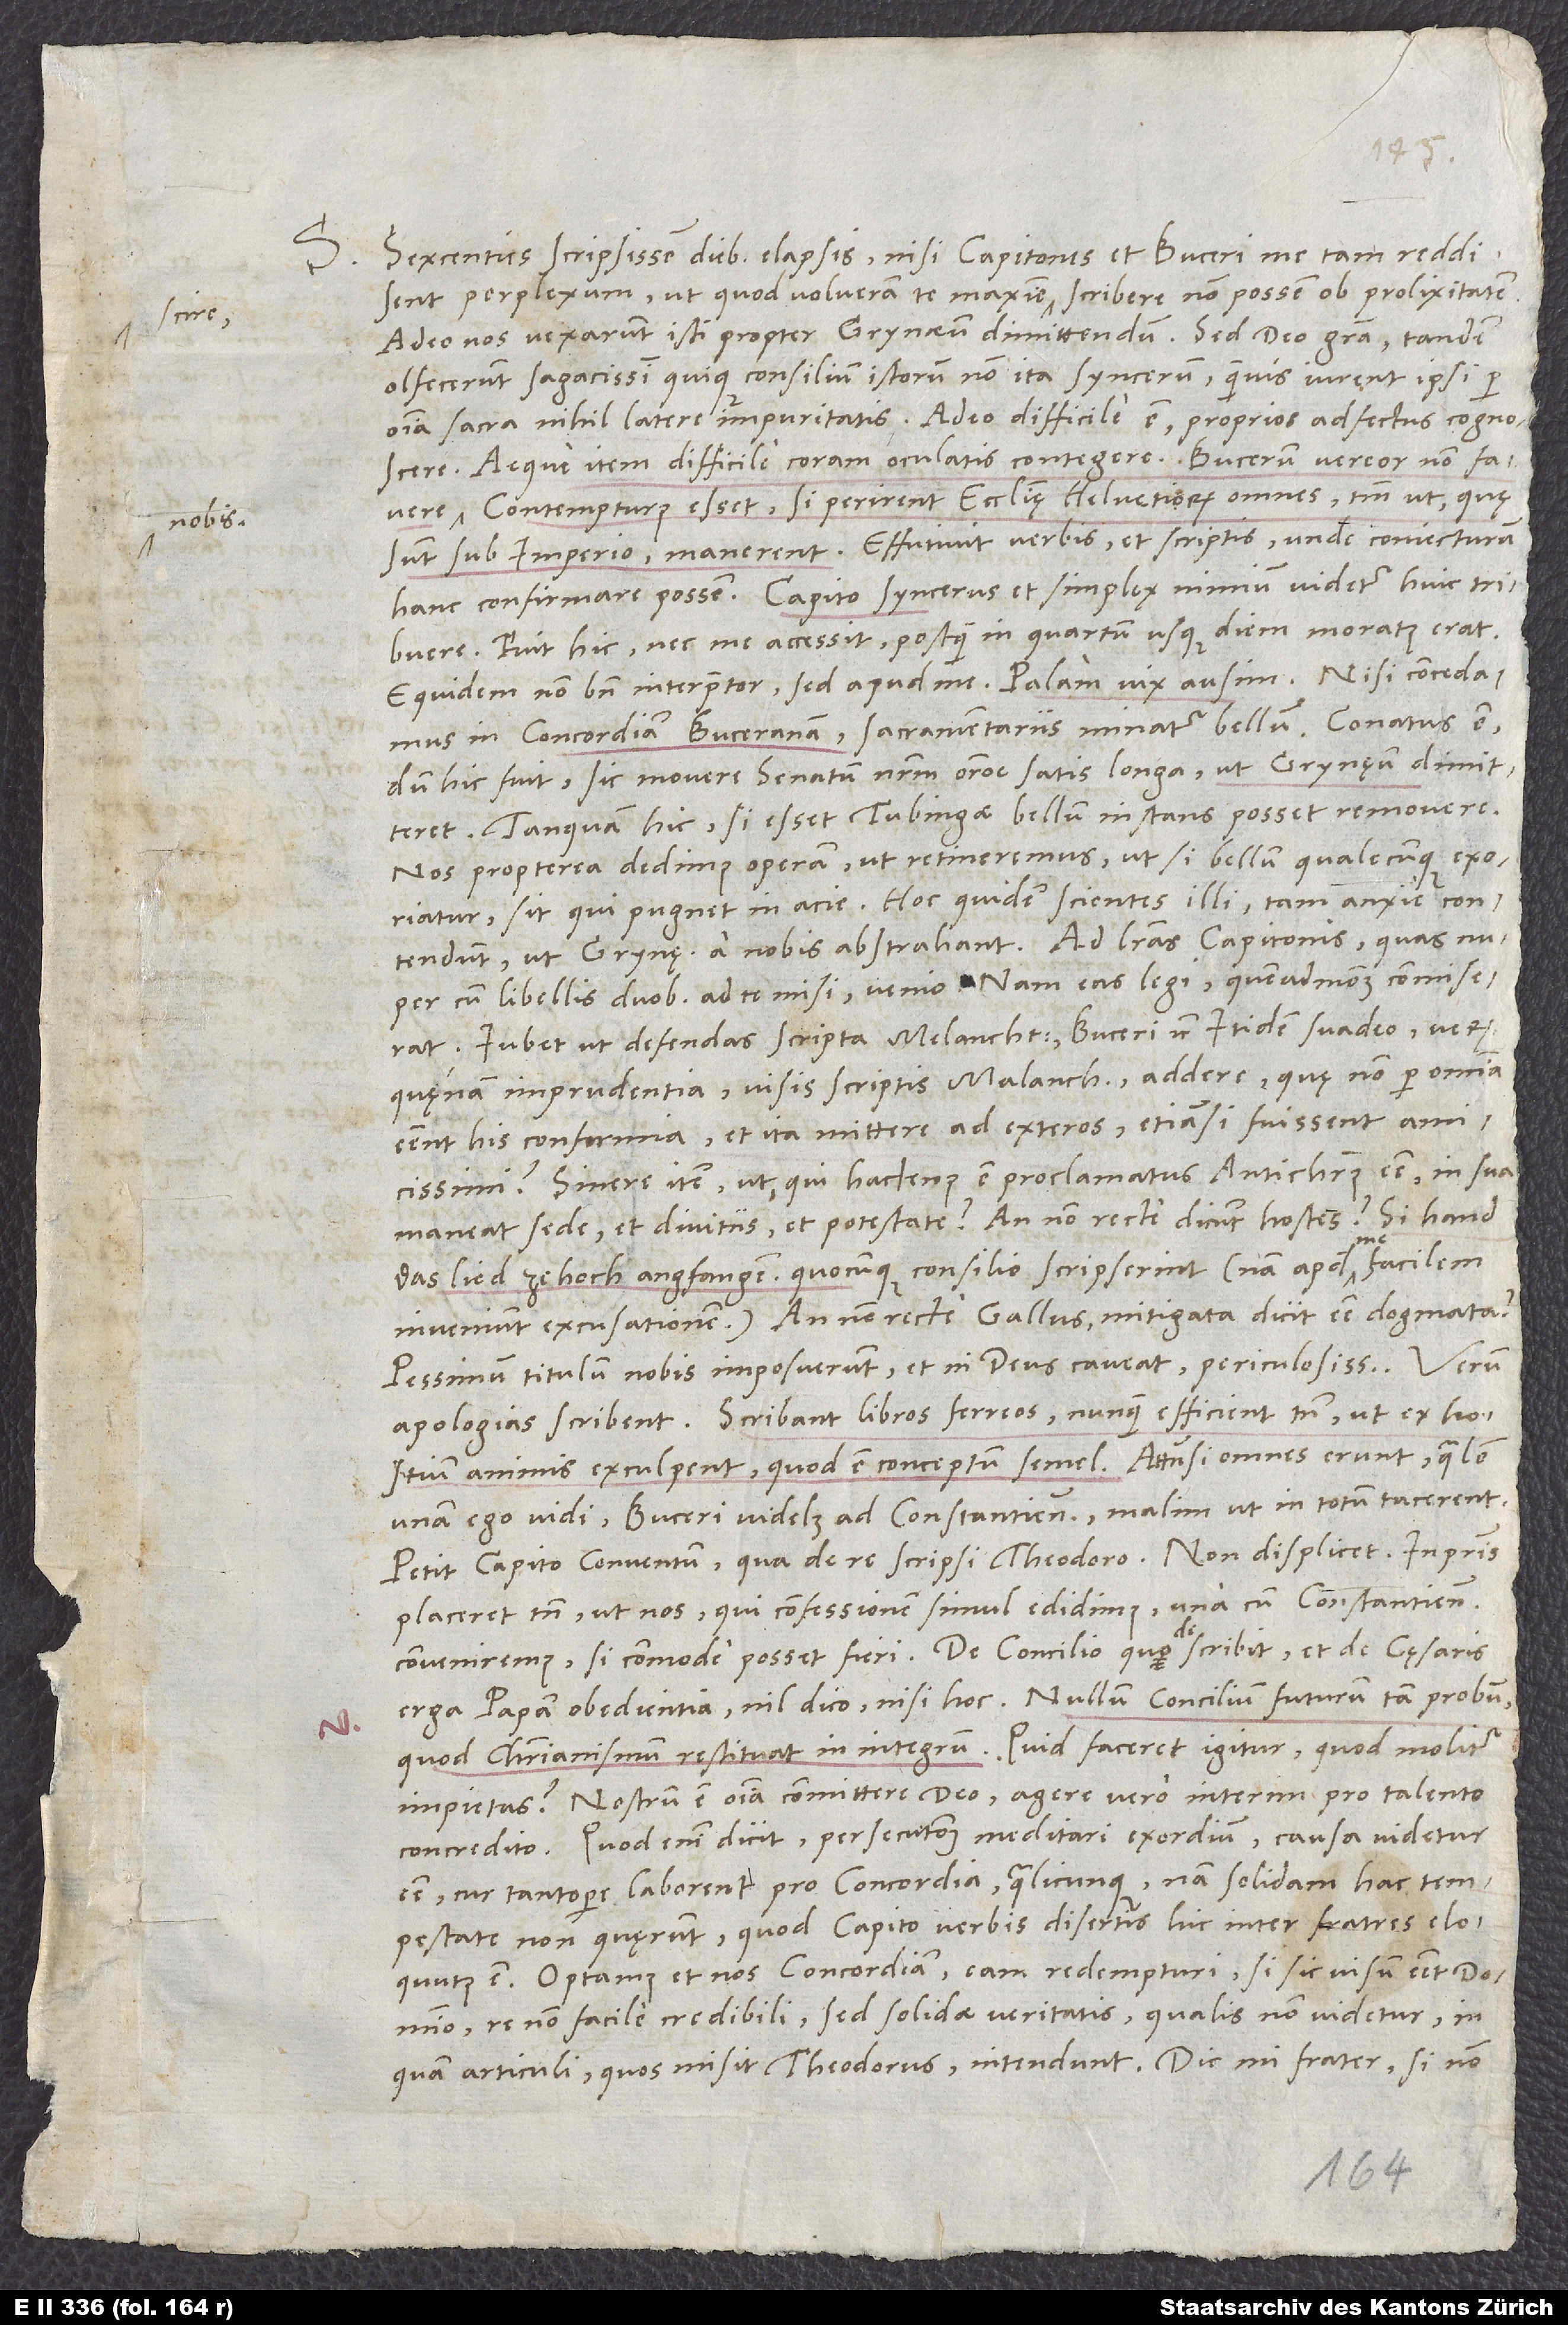
S.

nobis.

Sexcenties scripsissem diebus elapsis, nisi Capitones et Buceri me tam reddidissent
perpiexum, ut quod volueram te maxime scire, scribere non possem ob prolixitatem.
Adeo nos vexarunt isti propter Grynęum dimittendum. Sed deo gratia, tandem
olfecerunt sagacissimi quique consilium istorum non ita syncerum, quamvis iurent ipsi per
omnia sacra nihil latere impuritatis. Adeo difficile est proprios adfectus cognoscere,
aeque item difficile coram oculatis contegere. Bucerum vereor non favere
Contempturus esset, si perirent ecclesię Helvetiorum omnes, tantum ut quę
sunt sub imperio, manerent. Effutivit verbis et scriptis, unde coniecturam
hanc confirmare possem. Capito syncerus et simplex nimium videtur huic tribuere.
Fuit hic nec me accessit, postquam in quartum usque diem moratus erat.
Equidem non bene interpretor, sed apud me, palam vix ausim. Nisi concedamus
in concordiam Buceranam, sacramentariis minatur bellum. Conatus est,
dum hic fuit, sic movere senatum nostrum oratione satis longa, ut Grynęum dimitteret,
tanquam hic, si esset Tubingae, bellum instans posset removere.
Nos propterea dedimus operam, ut retineremus, ut si bellum qualecunque exoriatur,
sit, qui pugnet in acie. Hoc quidem scientes illi tam anxie contendunt,
cum libellis duobus ad te misi, venio; nam eas legi, quemadmodum commiserat.
essent his conformia, et ita mittere ad exteros, etiamsi fuissent amicissimi?
Sinere item, ut, qui hactenus est proclamatus antichristus esse, in sua
maneat sede et divitiis et potestate? An non recte dicunt hostes: "Si hand
me
das lied ze hoch angfangen"? - quocunque consilio scripserint (nam apud me facilem
inveniunt excusationem). An non recte Gallus mitigata dicit esse dogmata?
Pessimum titulum nobis imposuerunt et, ni deus caveat, periculosissimum. Verum
apologias scribent. Scribant libros ferreos, nunquam efficient tamen, ut ex hostium
animis exculpent, quod est conceptum semel. Attamen, si omnes erunt, qualem
unam ego vidi, Buceri videlicet ad Constantienses, malim, ut in totum tacerent.
Petit Capito conventum, qua de re scripsi Theodoro. Non displicet, inprimis
placeret tamen, ut nos, qui confessionem simul edidimus, una cum Constantiensibus
erga papam obedientia nil dico nisi hoc: nullum concilium futurum tam probum,
quod christianismum restituat in integrum. Quid faceret igitur, quod molitur
impietas? Nostrum est omnia committere deo, agere vero interim pro talento
Quod enim dicit persecutionum meditari exordium, causa videtur
esse, cur tantopere laborent pro concordia qualicunque. Nam solidam hac tempestate
non quęrunt, quod Capito verbis disertis hic inter fratres eloquutus
est. Optamus et nos concordiam eam redempturi, si sic visum esset domino,
re non facile credibili, sed solidae veritatis, qualis non videtur, in
quam articuli, quos misit Theodorus, intendunt. Dic, mi frater, si non